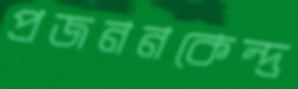
প্রজননকেন্দ্র